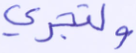
ولتجري